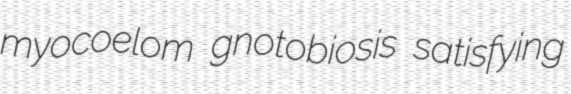
myocoelom gnotobiosis satisfying